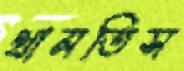
থামতিস